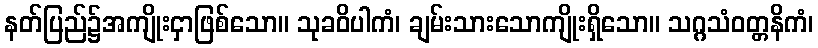
နတ်ပြည်၌အကျိုးငှာဖြစ်သော။ သုခဝိပါကံ၊ ချမ်းသားသောကျိုးရှိသော။ သဂ္ဂသံဝတ္တနိကံ၊